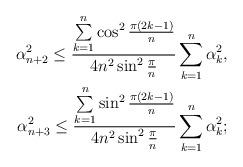
LaTeX: \begin{align*} \alpha_{n+2}^2 \leq \frac{\sum \limits_{k=1}^{n} \cos ^2 \frac{\pi(2k-1)}{n}}{4n^2 \sin^2 \frac{\pi}{n}} \sum \limits_{k=1}^{n} \alpha_k^2,\\ \alpha_{n+3}^2 \leq \frac{\sum \limits_{k=1}^{n} \sin ^2 \frac{\pi(2k-1)}{n}}{4n^2 \sin^2 \frac{\pi}{n}} \sum \limits_{k=1}^{n} \alpha_k^2;\end{align*}